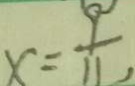
x = \frac { 9 } { 1 1 }